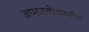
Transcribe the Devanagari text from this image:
आमायनोफायलीन